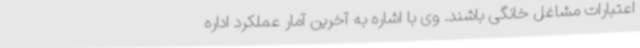
اعتبارات مشاغل خانگی باشند. وی با اشاره به آخرین آمار عملکرد اداره